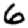
Digit: 6